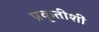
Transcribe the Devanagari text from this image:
प्रकृतीशीं